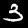
Label: 3